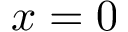
x = 0